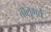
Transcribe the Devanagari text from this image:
तालुगर्त